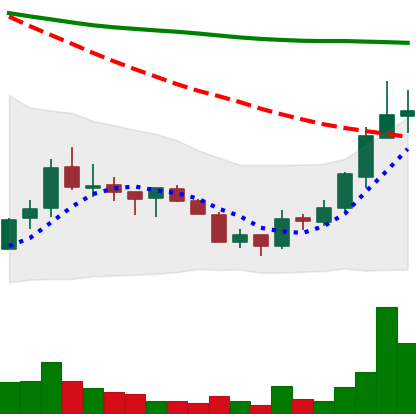
Ticker: ADA-USD
Chart end date: 2018-07-19
Forward return: -4.256%
Label: down_3_5